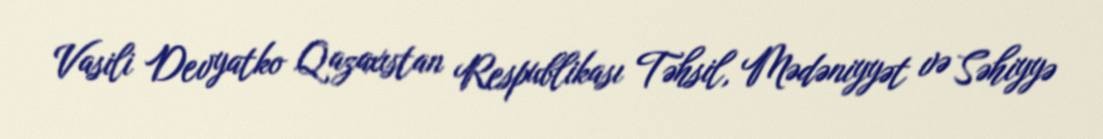
Vasili Devyatko Qazaxıstan Respublikası Təhsil, Mədəniyyət və Səhiyyə